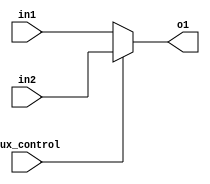
module M5(in1,in2,mux_control,o1);
input [4:0] in1,in2;
input mux_control;
output reg [4:0] o1; 
always @(in1 or in2 or mux_control)
begin
if(mux_control==0)
begin  o1<=in1;     end
else if(mux_control==1)
begin   o1<=in2;     end
else
begin    o1<=5'bxxxxx;          end
end
endmodule